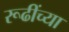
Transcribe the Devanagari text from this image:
रूढींच्या